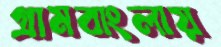
গ্রামবাংলায়